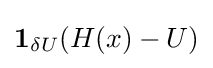
{\textstyle \mathbf {1} _{\delta U}(H(x)-U)}